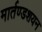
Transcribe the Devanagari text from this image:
मार्तण्डशयन